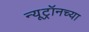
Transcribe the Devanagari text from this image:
न्यूट्रॉनच्या